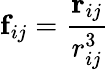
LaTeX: \mathbf{f}_{ij}=\frac{\mathbf{r}_{ij}}{r_{ij}^{3}}